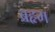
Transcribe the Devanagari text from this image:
ब्रहृम